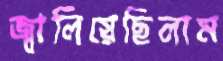
জ্বালিয়েছিলাম